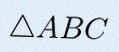
\triangle ABC